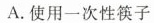
A.使用一次性筷子